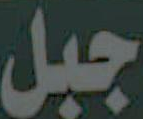
جبل